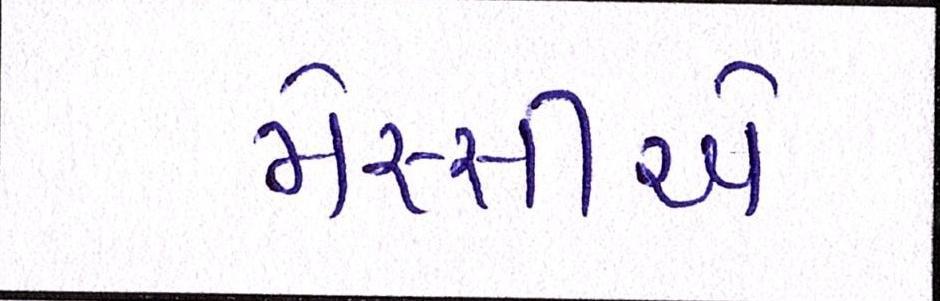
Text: મેસ્સીએ